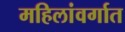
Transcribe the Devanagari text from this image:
महिलांवर्गात